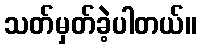
သတ်မှတ်ခဲ့ပါတယ်။